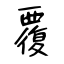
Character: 覆